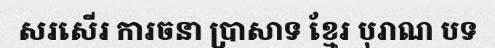
សរសើរ ការចនា ប្រាសាទ ខ្មែរ បុរាណ បទ